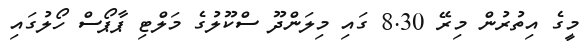
މީގެ އިތުރުން މިރޭ 8.30 ގައި މިލަންދޫ ސްކޫލުގެ މަލްޓި ޕާޕޯސް ހޯލުގައި